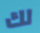
لك